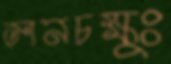
জ্ঞানচক্ষুঃ